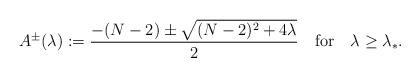
LaTeX: \begin{align*}A^\pm(\lambda):=\frac{-(N-2)\pm\sqrt{(N-2)^2+4\lambda}}{2}\quad\mbox{for}\quad\lambda\ge\lambda_*.\end{align*}